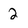
Character: 2